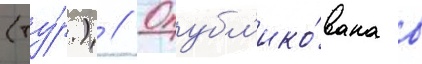
(ту́р.) // Опубл'ико́вана в